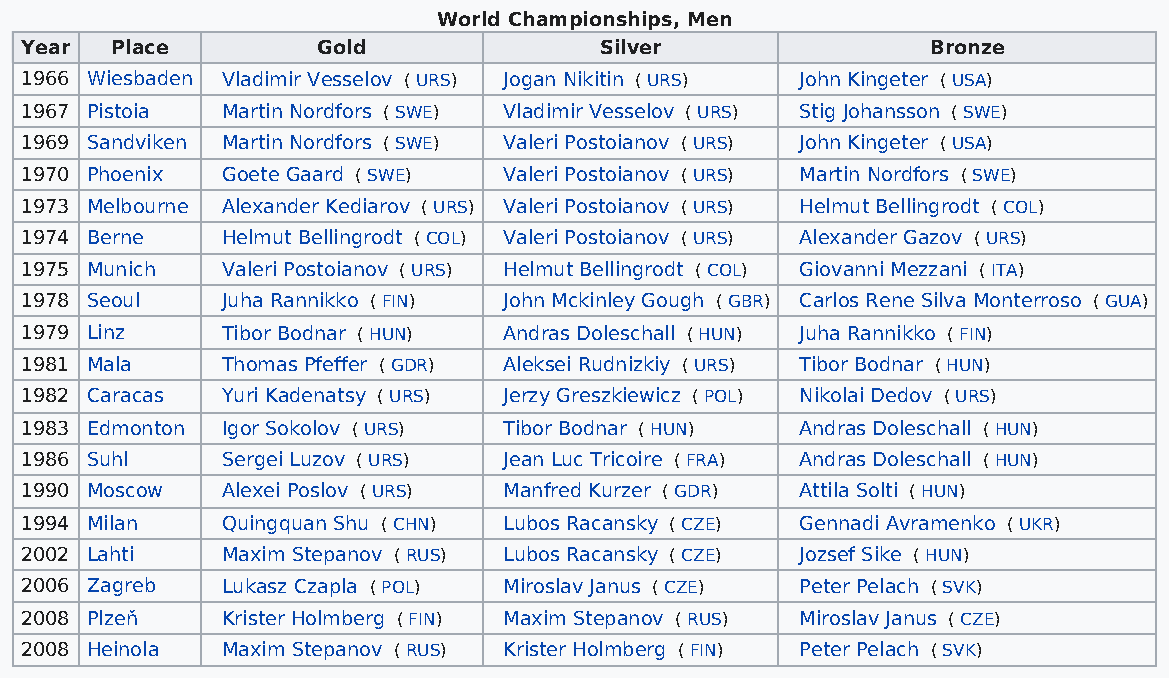
World Championships, Men
 Year  Place         Gold               Silver                Bronze
 1966 Wiesbaden Vladimir Vesselov ( URS) Jogan Nikitin ( URS) John Kingeter ( USA)
 1967 Pistoia  Martin Nordfors ( SWE) Vladimir Vesselov ( URS) Stig Johansson ( SWE)
 1969 Sandviken Martin Nordfors ( SWE) Valeri Postoianov ( URS) John Kingeter ( USA)
 1970 Phoenix  Goete Gaard ( SWE) Valeri Postoianov ( URS) Martin Nordfors ( SWE)
 1973 Melbourne Alexander Kediarov ( URS) Valeri Postoianov ( URS) Helmut Bellingrodt ( COL)
 1974 Berne    Helmut Bellingrodt ( COL) Valeri Postoianov ( URS) Alexander Gazov ( URS)
 1975 Munich   Valeri Postoianov ( URS) Helmut Bellingrodt ( COL) Giovanni Mezzani ( ITA)
 1978 Seoul    Juha Rannikko ( FIN) John Mckinley Gough ( GBR) Carlos Rene Silva Monterroso ( GUA)
 1979 Linz     Tibor Bodnar ( HUN) Andras Doleschall ( HUN) Juha Rannikko ( FIN)
 1981 Mala     Thomas Pfeffer ( GDR) Aleksei Rudnizkiy ( URS) Tibor Bodnar ( HUN)
 1982 Caracas  Yuri Kadenatsy ( URS) Jerzy Greszkiewicz ( POL) Nikolai Dedov ( URS)
 1983 Edmonton Igor Sokolov ( URS) Tibor Bodnar ( HUN) Andras Doleschall ( HUN)
 1986 Suhl     Sergei Luzov ( URS) Jean Luc Tricoire ( FRA) Andras Doleschall ( HUN)
 1990 Moscow   Alexei Poslov ( URS) Manfred Kurzer ( GDR) Attila Solti ( HUN)
 1994 Milan    Quingquan Shu ( CHN) Lubos Racansky ( CZE) Gennadi Avramenko ( UKR)
 2002 Lahti    Maxim Stepanov ( RUS) Lubos Racansky ( CZE) Jozsef Sike ( HUN)
 2006 Zagreb   Lukasz Czapla ( POL) Miroslav Janus ( CZE) Peter Pelach ( SVK)
 2008 Plzeň    Krister Holmberg ( FIN) Maxim Stepanov ( RUS) Miroslav Janus ( CZE)
 2008 Heinola  Maxim Stepanov ( RUS) Krister Holmberg ( FIN) Peter Pelach ( SVK)